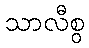
သာလီစွ